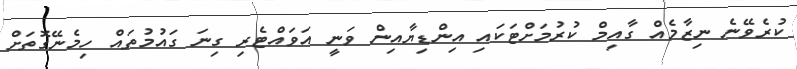
ކުރެވޭނެ ނިޒާމެއް ގާއިމް ކުރުމަށްޓަކައި އިންޑިޔާއިން ވަނީ އަވައްޓެރި ގިނަ ގައުމުތައް ހިމެނޭގޮތަށް